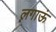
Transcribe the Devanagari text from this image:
लगाऊं